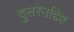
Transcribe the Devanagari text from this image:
दुसरेउद्दिष्ट